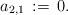
LaTeX: \begin{align*}a_{2,1}\,:=\,0.\end{align*}